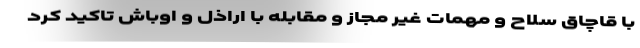
با قاچاق سلاح و مهمات غیر مجاز و مقابله با اراذل و اوباش تاکید کرد